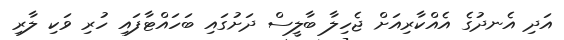
އަދި އެނދުގެ އެއްކާރިއަށް ޖެހިލާ ބާލީސް ދަށުގައި ބަހައްޓާފައި ހުރި ވަކި ލާރި